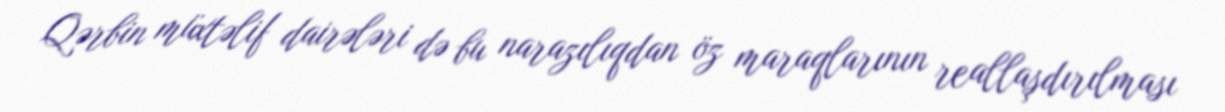
Qərbin müxtəlif dairələri də bu narazılıqdan öz maraqlarının reallaşdırılması